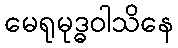
မေရုမုဒ္ဓဝါသိနေ